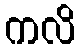
ကလိ